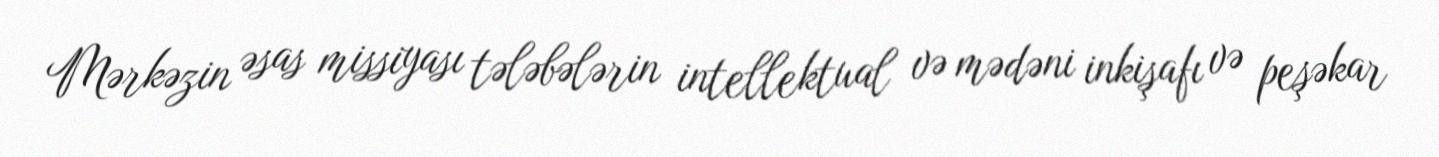
Mərkəzin əsas missiyası tələbələrin intellektual və mədəni inkişafı və peşəkar